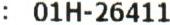
: 01H-26411